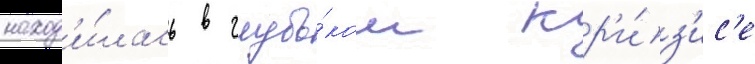
наход'и́лась в глубо́ком кр'и́з'ис'е